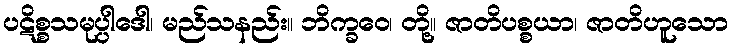
ပဋိစ္စသမုပ္ပါဒေါ၊ မည်သနည်း။ ဘိက္ခဝေ၊ တို့။ ဇာတိပစ္စယာ၊ ဇာတိဟူသော